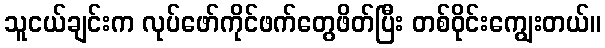
သူငယ်ချင်းက လုပ်ဖော်ကိုင်ဖက်တွေဖိတ်ပြီး တစ်ဝိုင်းကျွေးတယ်။